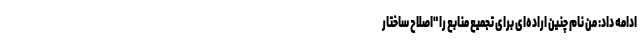
ادامه داد: من نام چنین اراده‌ای برای تجمیع منابع را "اصلاح ساختار